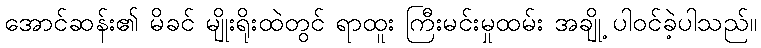
အောင်ဆန်း၏ မိခင် မျိုးရိုးထဲတွင် ရာထူး ကြီးမင်းမှုထမ်း အချို့ ပါဝင်ခဲ့ပါသည်။